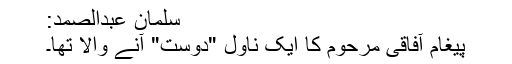
سلمان عبدالصمد:
پیغام آفاقی مرحوم کا ایک ناول "دوست" آنے والا تھا۔